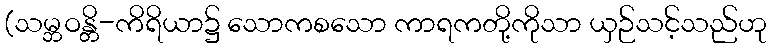
(သမ္ဘဝန္တိ-ကိရိယာ၌ သောကစသော ကာရကတို့ကိုသာ ယှဉ်သင့်သည်ဟု